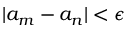
| a _ { m } - a _ { n } | < \epsilon